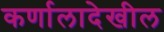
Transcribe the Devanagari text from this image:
कर्णालादेखील